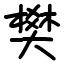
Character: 樊